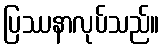
ပြဿနာလုပ်သည်။